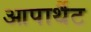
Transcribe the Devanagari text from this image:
आपार्थैट